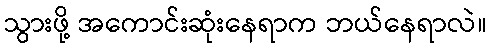
သွားဖို့ အကောင်းဆုံးနေရာက ဘယ်နေရာလဲ။